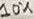
Text: 10K